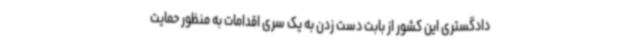
دادگستری این کشور از بابت دست زدن به یک سری اقدامات به منظور حمایت